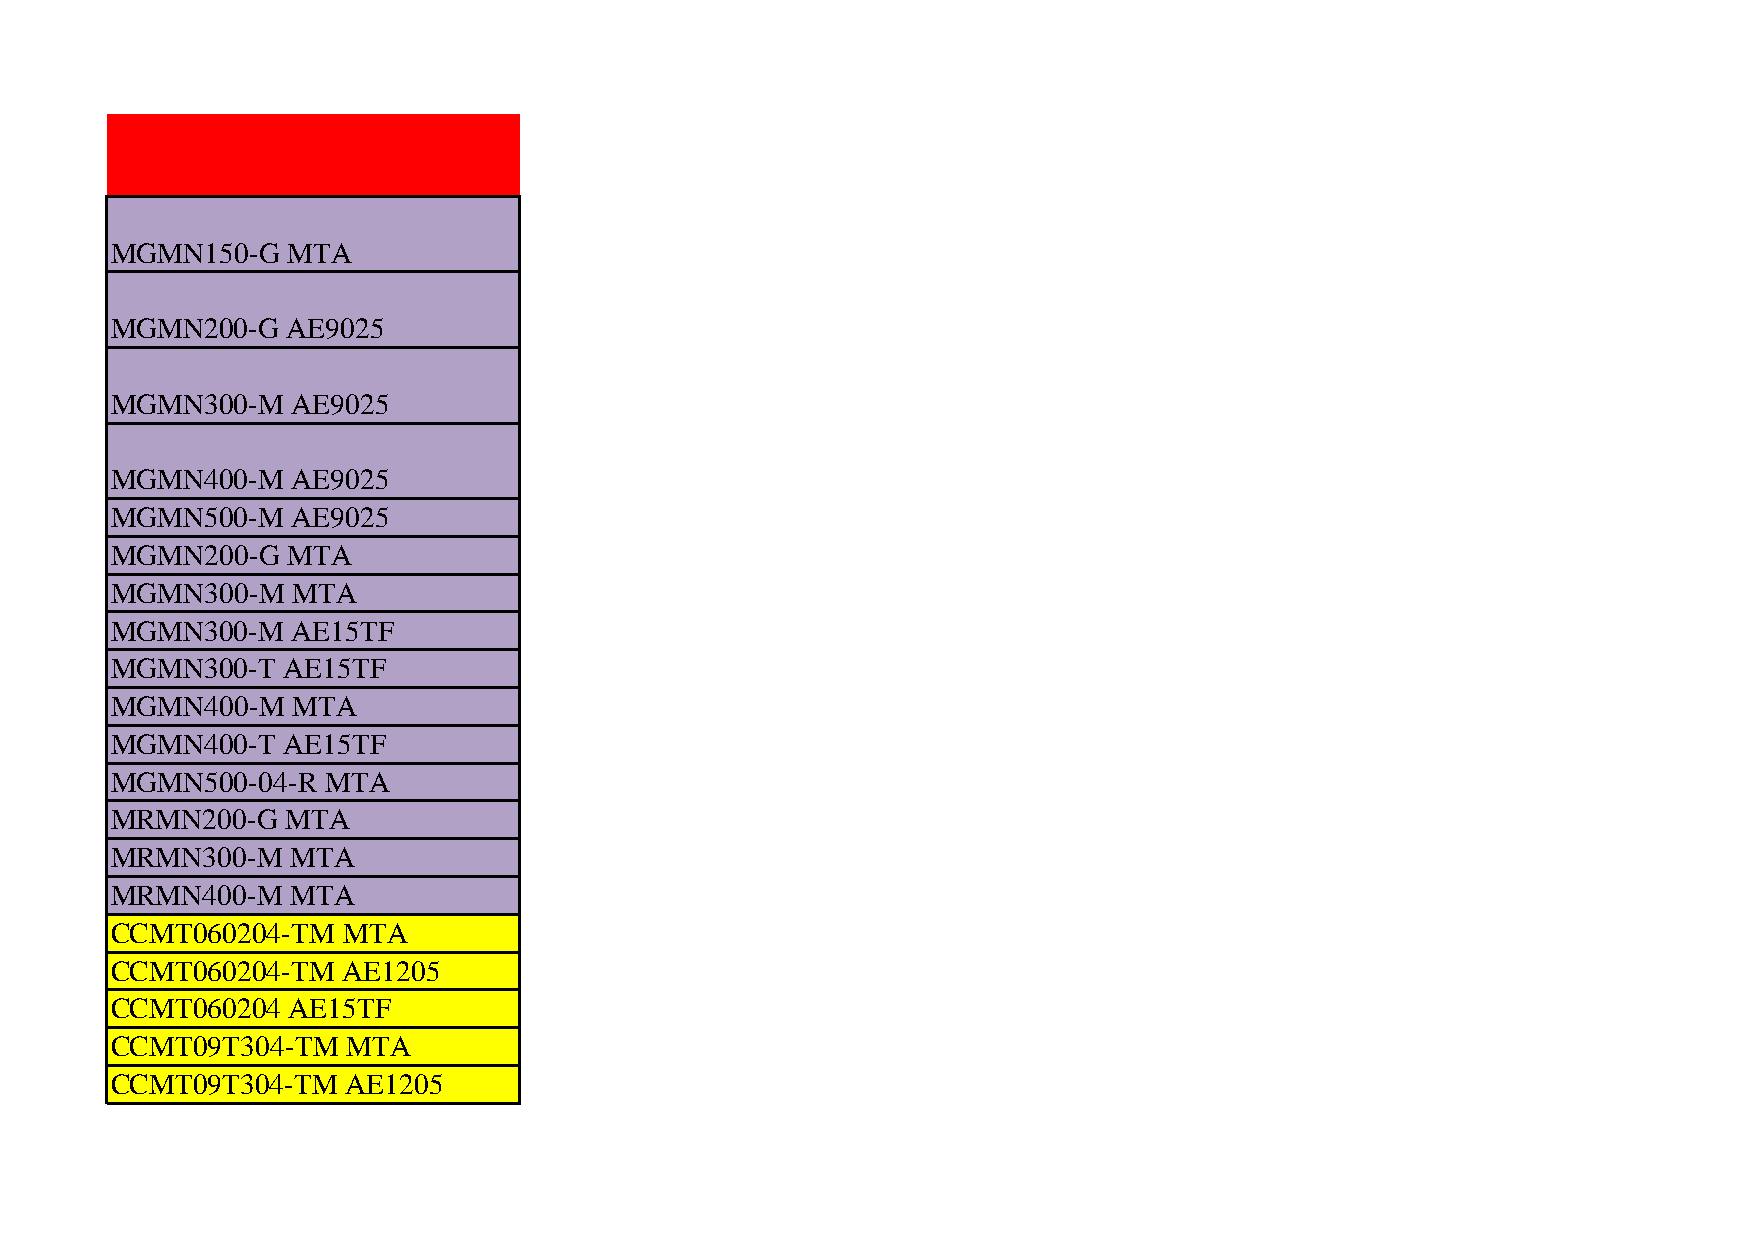
TEKNORAY LIST OF INSERTS
 MGMN150-G   MTA
 MGMN200-G   AE9025
 MGMN300-M   AE9025
 MGMN400-M   AE9025
 MGMN500-M   AE9025
 MGMN200-G   MTA
 MGMN300-M   MTA
 MGMN300-M   AE15TF
 MGMN300-T   AE15TF
 MGMN400-M   MTA
 MGMN400-T   AE15TF
 MGMN500-04-R  MTA
 MRMN200-G   MTA
 MRMN300-M   MTA
 MRMN400-M   MTA
 CCMT060204-TM   MTA
 CCMT060204-TM   AE1205
 CCMT060204  AE15TF
 CCMT09T304-TM   MTA
 CCMT09T304-TM   AE1205